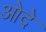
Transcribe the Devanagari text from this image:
ओदे